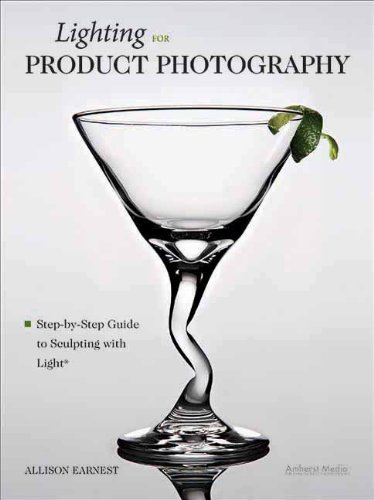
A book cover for Lighting for Product Photography: The Digital Photographer's Step-By-Step Guide to Sculpting with Light; Allison Earnest; Arts & Photography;